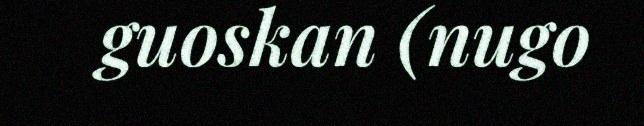
guoskan (nugo